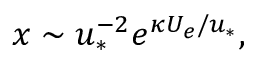
x \sim u _ { * } ^ { - 2 } e ^ { \kappa U _ { e } / u _ { * } } ,